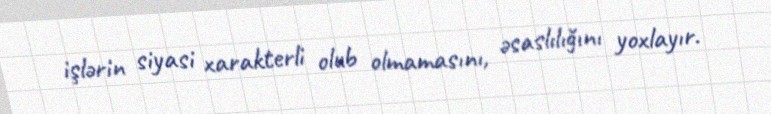
işlərin siyasi xarakterli olub olmamasını, əsaslılığını yoxlayır.